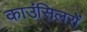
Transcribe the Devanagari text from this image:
काउंसिलरों